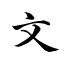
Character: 文